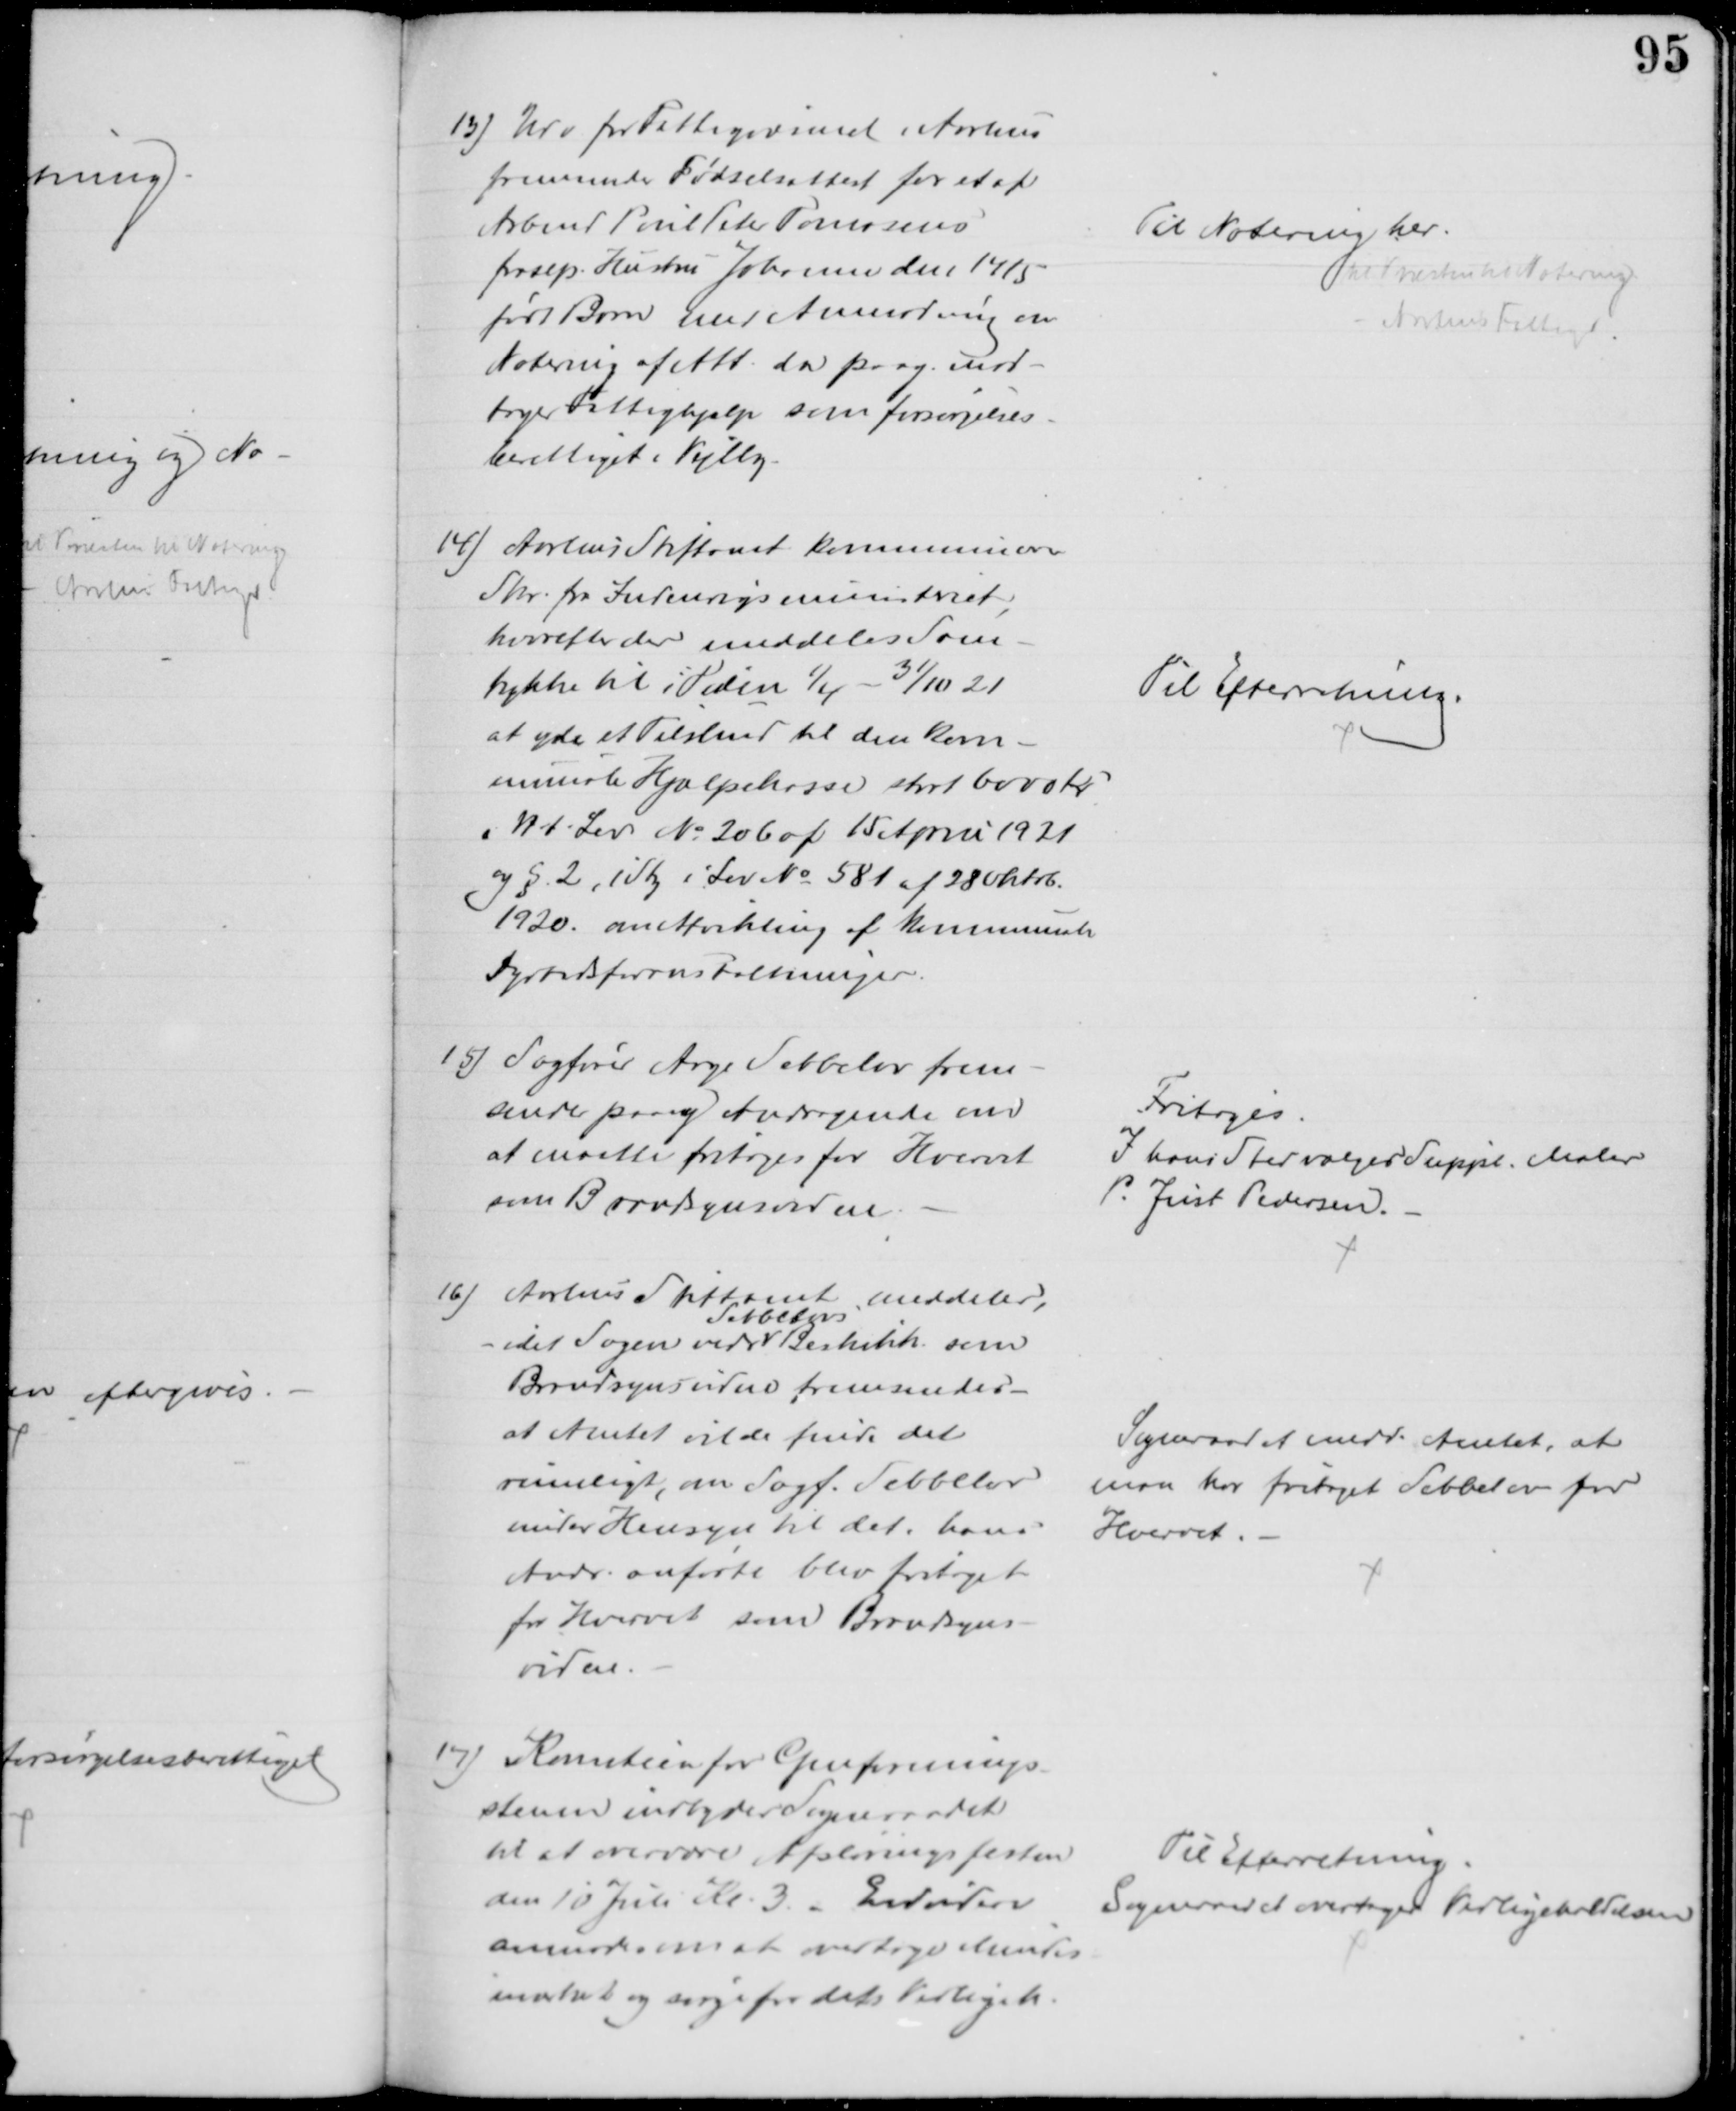
Transskription:
13) Udv for Fattigvæsenet i Aarhus
fremsender Fødselsattest for et af
Arbmd Poul Peter Tomasens
frasep. Hustru Johanne den 14/5
født Barn med Anmodning om
Notering af Att. da paag. mod-
tager Fattighjælp som forsørgelses-
berettiget i Vejlby.
Til Notering her.
til Præsten til Notering
Aarhus Fattigv.
14) Aarhus Stiftamt kommunicerer
Skr. fra Indenrigsministeret,
hvorefter der meddeles Sam-
tykke til i Tiden 1/4 - 31/10 21
at yde et Tilskud til den kom-
munale Hjælpekasse stort 6000 Kr.
i H.t. Lov № 206 af 15 April 1921
og § 2, 1 Sty i Lov № 581 af 28 Oktob.
1930 om Afvikling af kommunale
Dyrtidsforanstaltninger.
Til Efterretning.
15) Sagfører Aage Sebbelov frem-
sender paany Andragende om
at maatte fritages for Hvervet
som Brandsynsvidne
Fritoges.
I hans Sted valges Suppl. Maler
P. Just Pedersen.
16) Aarhus Stiftamt meddeler,
idet Sagen vedr 
Sebbelovs
Beskikk. som
Brandsynsvidne fremsender -
at Amtet vilde finde det
rimeligt, om Sagf. Sebbelov
under Hensyn til det hans
Andr. anførte blev fritaget
for Hvervet som Brandsyns-
vidne.
Sogneraadet medd. Amtet, at
man har fritaget Sebbelov for
Hvervet.
17) Komiteen for Genforenings-
stenen indbyder Sogneraadet
til at overvære Afsløringsfesten
den 10 Juli Kl. 3. - Endvidere
anmodes om at overtage Mindes-
mærket og sørge for dets Vedligeh.
Til Efterretning.
Sogneraadet overtager Vedligeholdelsen